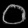
Digit: ၀